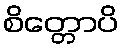
စိတ္တောပိ